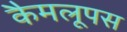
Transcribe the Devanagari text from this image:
कैमलूपस